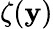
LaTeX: \zeta(\mathbf{y})